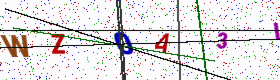
Text: WZ0A3I